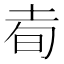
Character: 𰉭